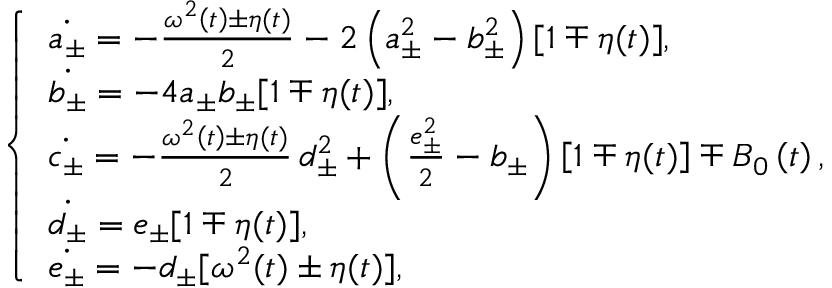
\left\{ \begin{array} { l l } { \dot { a _ { \pm } } = - \frac { \omega ^ { 2 } \left( t \right) \pm \eta ( t ) } { 2 } - 2 \left( a _ { \pm } ^ { 2 } - b _ { \pm } ^ { 2 } \right) [ 1 \mp \eta ( t ) ] , } \\ { \dot { b _ { \pm } } = - 4 a _ { \pm } b _ { \pm } [ 1 \mp \eta ( t ) ] , } \\ { \dot { c _ { \pm } } = - \frac { \omega ^ { 2 } \left( t \right) \pm \eta ( t ) } { 2 } \, d _ { \pm } ^ { 2 } + \left( \frac { e _ { \pm } ^ { 2 } } { 2 } - b _ { \pm } \right) \left[ 1 \mp \eta ( t ) \right] \mp B _ { 0 } \left( t \right) , } \\ { \dot { d _ { \pm } } = e _ { \pm } [ 1 \mp \eta ( t ) ] , } \\ { \dot { e _ { \pm } } = - d _ { \pm } [ \omega ^ { 2 } ( t ) \pm \eta ( t ) ] , } \end{array} \right.